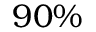
9 0 \%